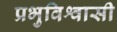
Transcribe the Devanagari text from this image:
प्रभुविश्वासी